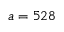
a = 5 2 8